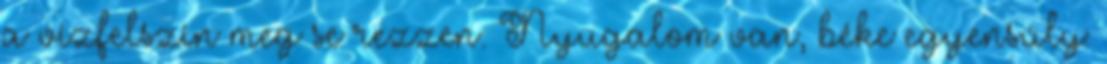
a vízfelszín meg se rezzen. Nyugalom van, béke egyensúly: